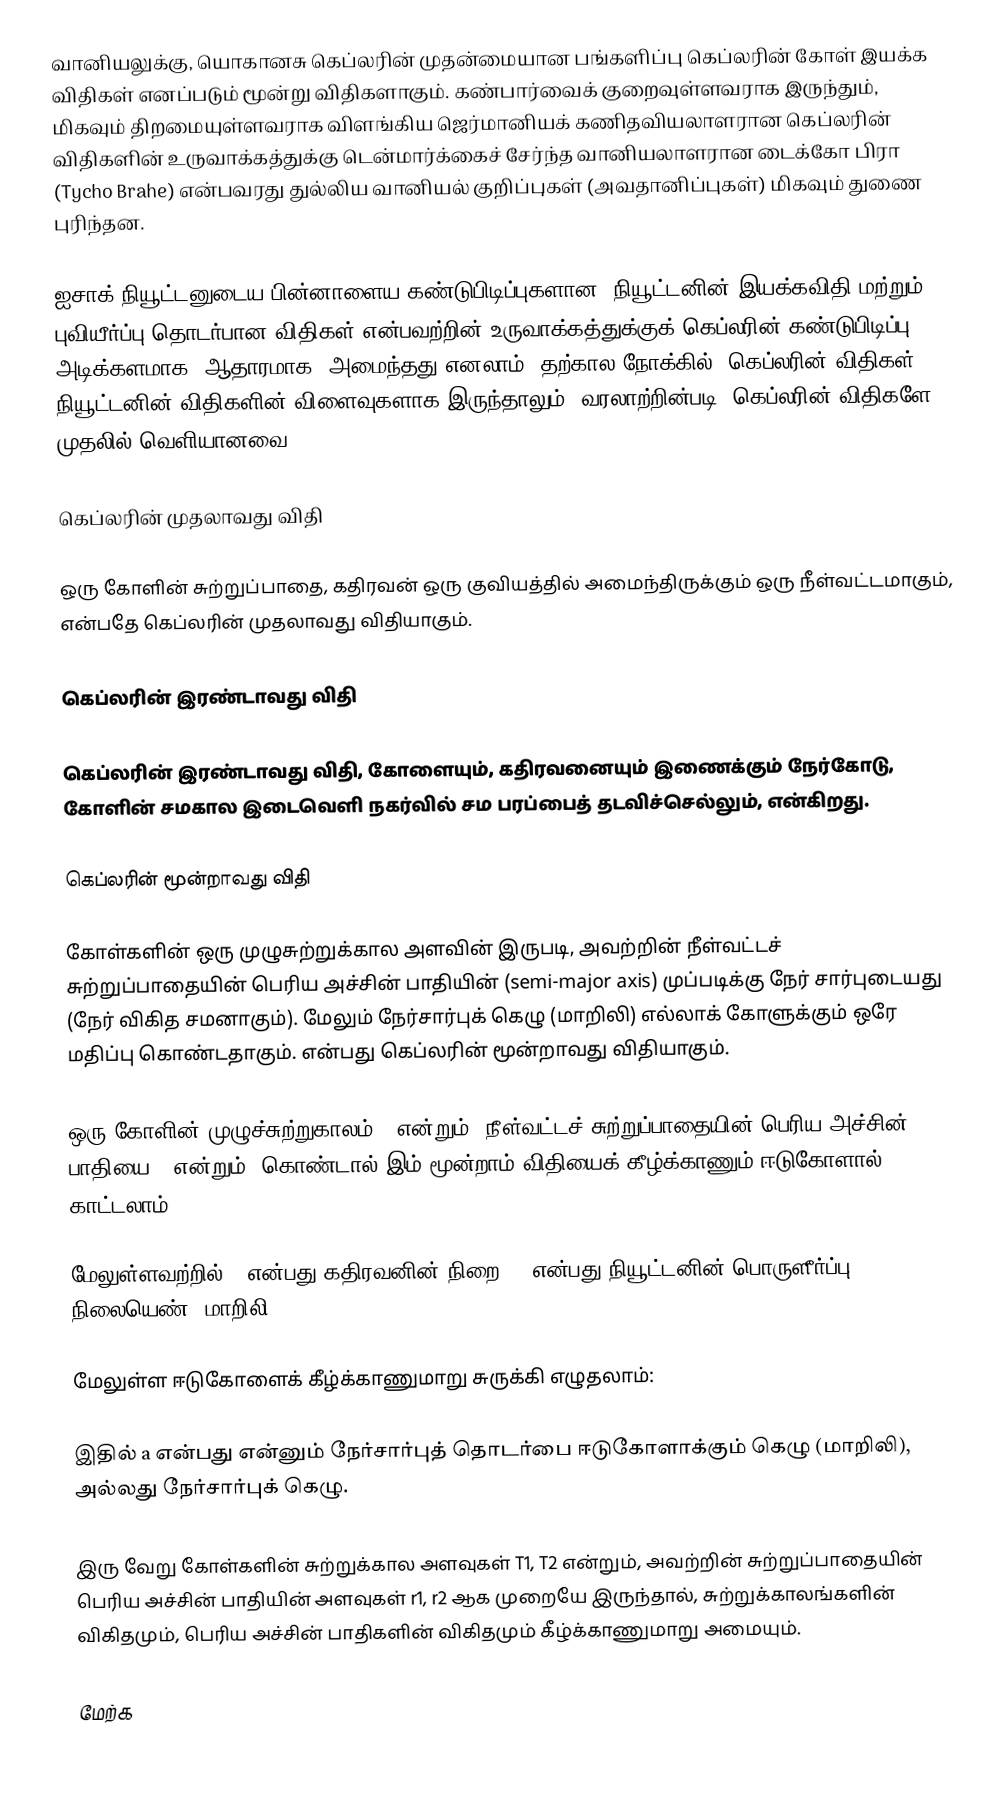
வானியலுக்கு, யொகானசு கெப்லரின் முதன்மையான பங்களிப்பு கெப்லரின் கோள் இயக்க விதிகள் எனப்படும் மூன்று விதிகளாகும். கண்பார்வைக் குறைவுள்ளவராக இருந்தும், மிகவும் திறமையுள்ளவராக விளங்கிய ஜெர்மானியக் கணிதவியலாளரான கெப்லரின் விதிகளின் உருவாக்கத்துக்கு டென்மார்க்கைச் சேர்ந்த வானியலாளரான டைக்கோ பிரா (Tycho Brahe) என்பவரது துல்லிய வானியல் குறிப்புகள் (அவதானிப்புகள்) மிகவும் துணை புரிந்தன.

ஐசாக் நியூட்டனுடைய பின்னாளைய கண்டுபிடிப்புகளான, நியூட்டனின் இயக்கவிதி மற்றும் புவியீர்ப்பு தொடர்பான விதிகள் என்பவற்றின் உருவாக்கத்துக்குக் கெப்லரின் கண்டுபிடிப்பு அடிக்களமாக (ஆதாரமாக) அமைந்தது எனலாம். தற்கால நோக்கில், கெப்லரின் விதிகள், நியூட்டனின் விதிகளின் விளைவுகளாக இருந்தாலும், வரலாற்றின்படி, கெப்லரின் விதிகளே முதலில் வெளியானவை.

கெப்லரின் முதலாவது விதி

ஒரு கோளின் சுற்றுப்பாதை, கதிரவன் ஒரு குவியத்தில் அமைந்திருக்கும் ஒரு நீள்வட்டமாகும், என்பதே கெப்லரின் முதலாவது விதியாகும்.

கெப்லரின் இரண்டாவது விதி

கெப்லரின் இரண்டாவது விதி, கோளையும், கதிரவனையும் இணைக்கும் நேர்கோடு, கோளின் சமகால இடைவெளி நகர்வில் சம பரப்பைத் தடவிச்செல்லும், என்கிறது.

கெப்லரின் மூன்றாவது விதி

கோள்களின் ஒரு முழுசுற்றுக்கால அளவின் இருபடி, அவற்றின் நீள்வட்டச் சுற்றுப்பாதையின் பெரிய அச்சின் பாதியின் (semi-major axis) முப்படிக்கு நேர் சார்புடையது (நேர் விகித சமனாகும்). மேலும் நேர்சார்புக் கெழு (மாறிலி) எல்லாக் கோளுக்கும் ஒரே மதிப்பு கொண்டதாகும். என்பது கெப்லரின் மூன்றாவது விதியாகும்.

ஒரு கோளின் முழுச்சுற்றுகாலம் T என்றும், நீள்வட்டச் சுற்றுப்பாதையின் பெரிய அச்சின் பாதியை r என்றும், கொண்டால் இம் மூன்றாம் விதியைக் கீழ்க்காணும் ஈடுகோளால் காட்டலாம்:

மேலுள்ளவற்றில் M என்பது கதிரவனின் நிறை, G என்பது நியூட்டனின் பொருளீர்ப்பு நிலையெண் (மாறிலி).

மேலுள்ள ஈடுகோளைக் கீழ்க்காணுமாறு சுருக்கி எழுதலாம்:

இதில் a என்பது  என்னும் நேர்சார்புத் தொடர்பை ஈடுகோளாக்கும் கெழு (மாறிலி), அல்லது நேர்சார்புக் கெழு.

இரு வேறு கோள்களின் சுற்றுக்கால அளவுகள் T1, T2 என்றும், அவற்றின் சுற்றுப்பாதையின் பெரிய அச்சின் பாதியின் அளவுகள் r1, r2 ஆக முறையே இருந்தால், சுற்றுக்காலங்களின் விகிதமும், பெரிய அச்சின் பாதிகளின் விகிதமும் கீழ்க்காணுமாறு அமையும்.

மேற்க